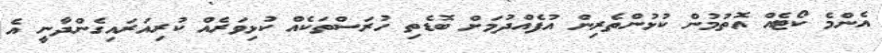
އެންމެ ކޯޓެއް އޮތުމުން ކުޅުންތެރިން އުފެއްދުމަށް ބޮޑެތި ހުރަސްތަކެއް ކުޅިވަރެއް ކުރިއަރައިގެންދާނީ އެ